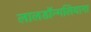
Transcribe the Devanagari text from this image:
लालडॉन्गलियाना